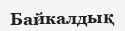
Байкалдық